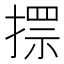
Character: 𢲗